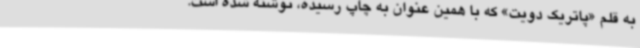
به قلم «پاتریک دویت» که با همین عنوان به چاپ رسیده، نوشته شده است.